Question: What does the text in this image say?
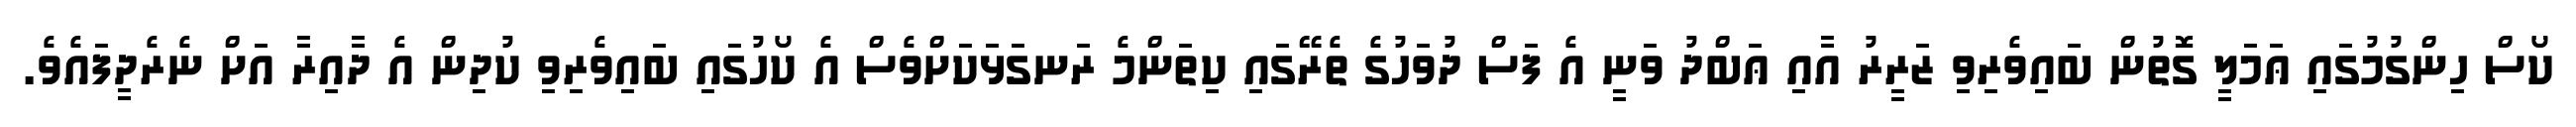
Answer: ކޯސް ހިންގުމުގައި ޢަމަލީ ގޮތުން ބައިވެރިވި ޒަރީރު އާއި ޢަބްދު ވަނީ އެ ފަސް ދުވަހުގެ ތެރޭގައި ކިތަންމެ ރަނގަޅަކަށްވެސް އެ ކޯހުގައި ބައިވެރިވި ކުދިން އެ ދާއިރާ އަށް ނެރެދީފައެވެ.